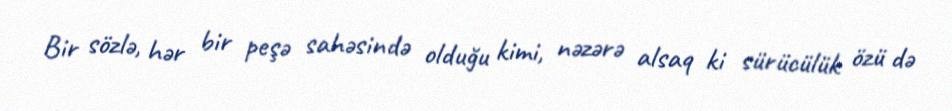
Bir sözlə, hər bir peşə sahəsində olduğu kimi, nəzərə alsaq ki sürücülük özü də